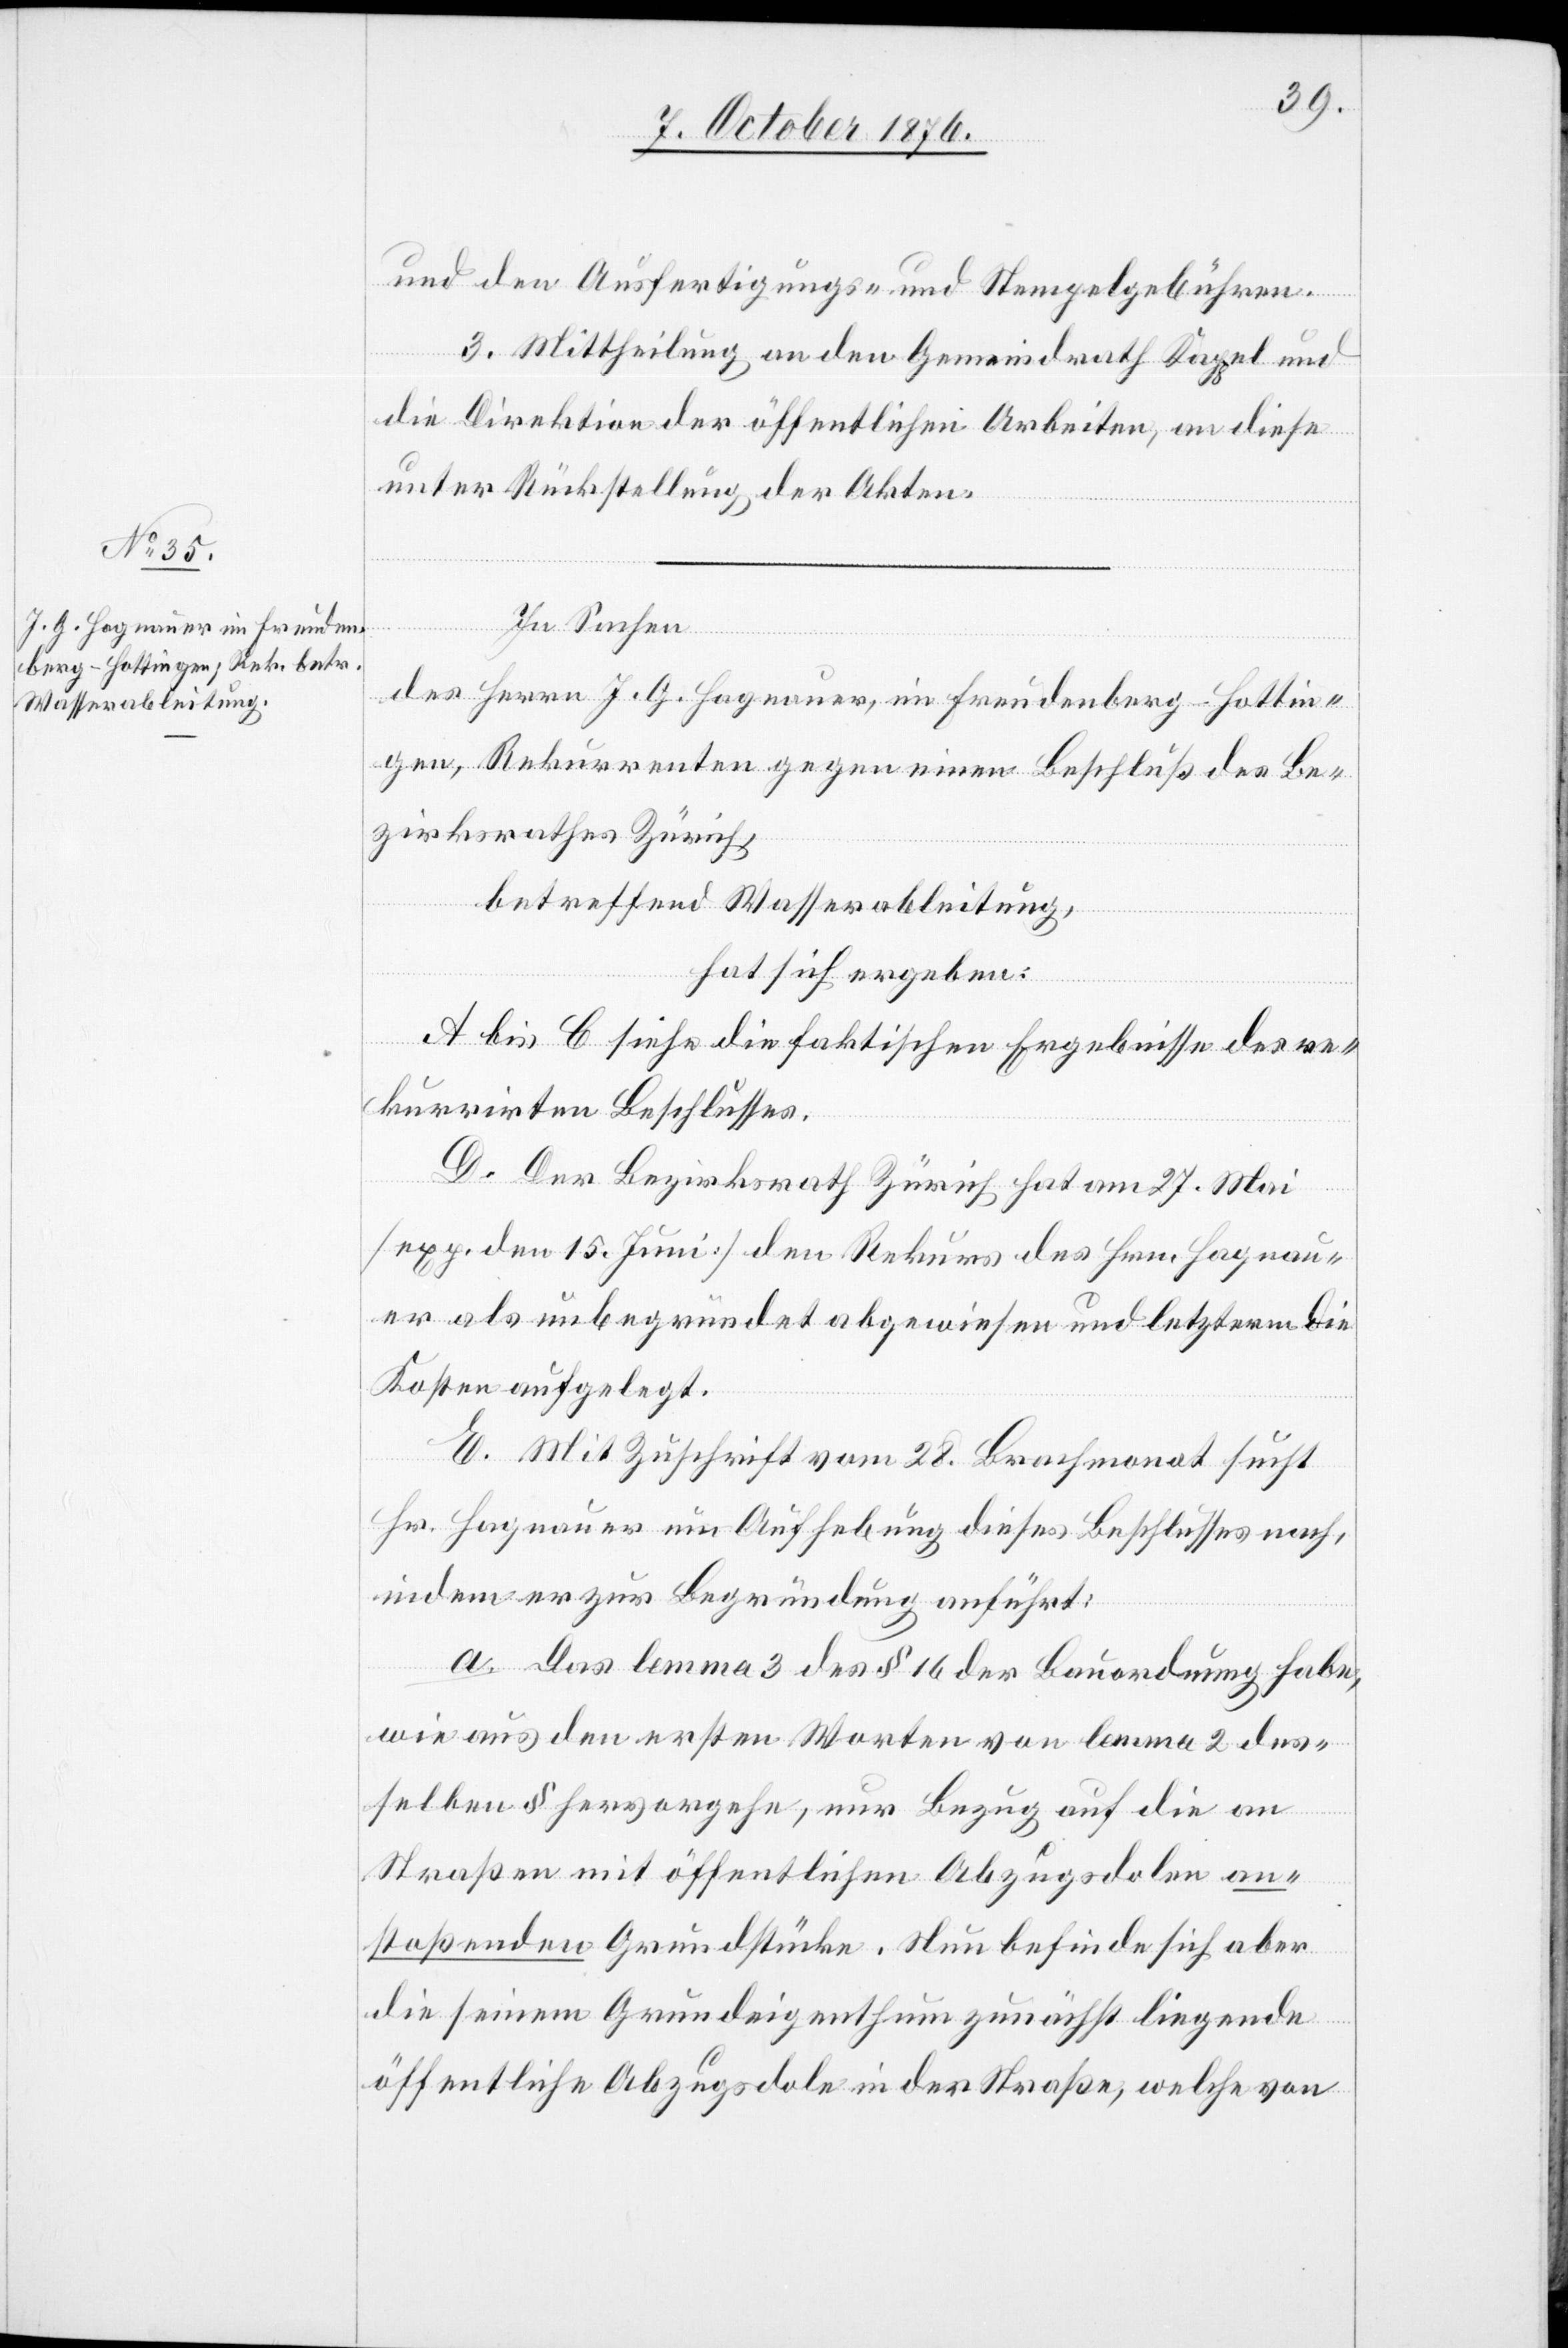
und den Ausfertigungs- und Stempelgebühren.
3. Mittheilung an den Gemeindrath Kappel und
die Direktion der öffentlichen Arbeiten, an diese
unter Rückstellung der Akten.
In Sachen
des Herrn J. G. Hagnauer, im Freudenberg - Hottin¬
gen, Rekurrenten gegen einen Beschluß des Be¬
zirksrathes Zürich,
betreffend Wasserableitung,
hat sich ergeben:
A bis C siehe die faktischen Ergebnisse des re¬
kurrirten Beschlusses.
D. Der Bezirksrath Zürich hat am 27. Mai
[exp. den 15. Juni] den Rekurs des Hrn. Hagnau¬
er als unbegründet abgewiesen und letzterm die
Kosten aufgelegt.
E. Mit Zuschrift vom 28. Brachmonat sucht
Hr. Hagnauer um Aufhebung dieses Beschlusses nach,
indem er zur Begründung anführt:
a. Das lemma 3 des § 16 der Bauordnung habe,
wie aus den ersten Worten von lemma 2 des¬
selben § hervorgehe, nur Bezug auf die an
Straßen mit öffentlichen Abzugsdolen an¬
stoßenden Grundstücke. Nun befinde sich aber
die seinem Grundeigenthum zunächst liegende
öffentliche Abzugsdole in der Straße, welche von